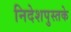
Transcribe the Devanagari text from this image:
निदेशपुस्तके